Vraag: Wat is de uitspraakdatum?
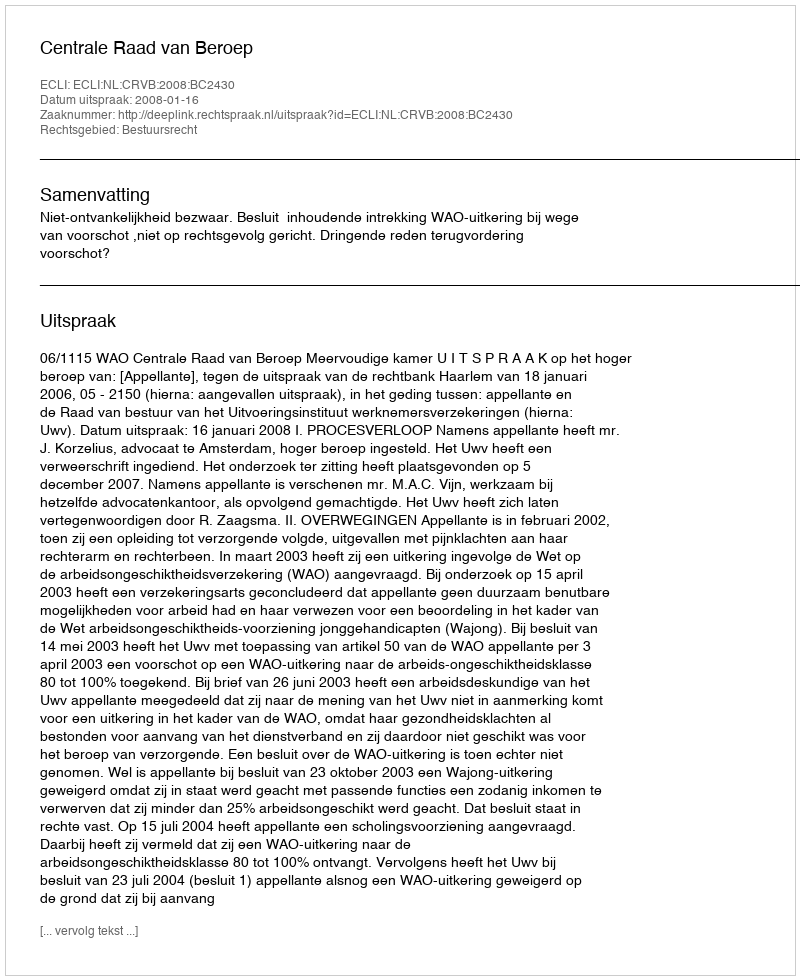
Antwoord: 2008-01-16